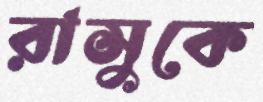
রাসুকে